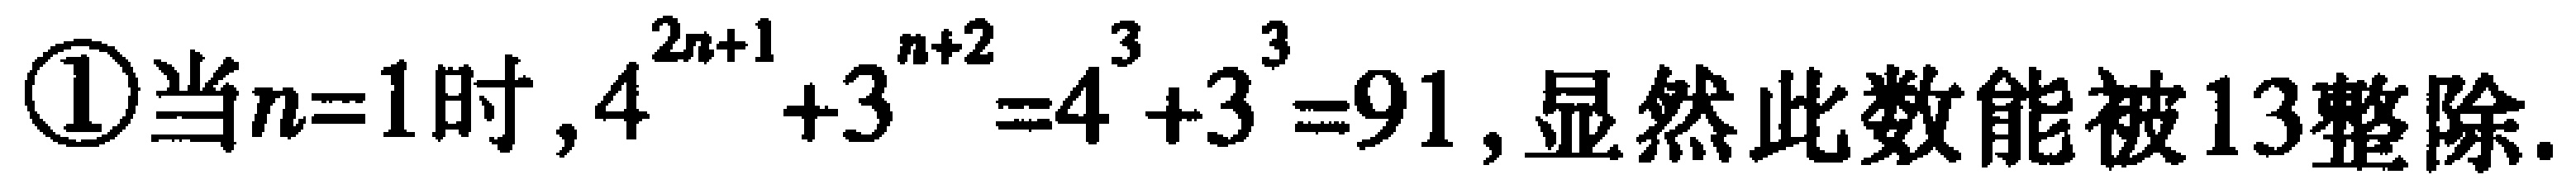
\textcircled{1}当\(n = 1\)时，\(4^{2n + 1}+3^{n + 2}=4^{3}+3^{3}=91\)，显然此数能被\(13\)整除.